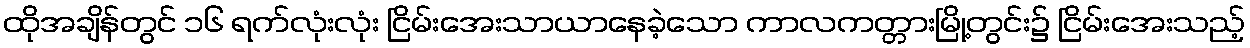
ထိုအချိန်တွင် ၁၆ ရက်လုံးလုံး ငြိမ်းအေးသာယာနေခဲ့သော ကာလကတ္တားမြို့တွင်း၌ ငြိမ်းအေးသည့်